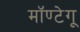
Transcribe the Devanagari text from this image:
मॉण्टेगू